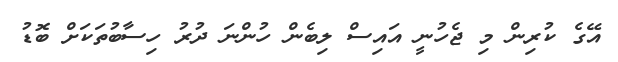
އޭގެ ކުރިން މި ޖެހުނީ އައިސް ލިބެން ހުންނަ ދުރު ހިސާބުތަކަށް ބޮޑު